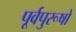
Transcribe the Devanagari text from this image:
पूर्वपुरूषों